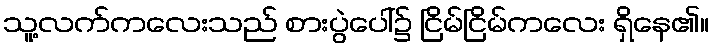
သူ့လက်ကလေးသည် စားပွဲပေါ်၌ ငြိမ်ငြိမ်ကလေး ရှိနေ၏။